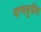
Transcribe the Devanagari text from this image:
पाणबुडीस